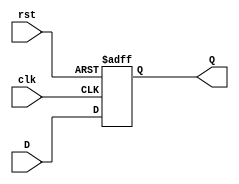
module stage_register (
    input wire clk,       // Clock input
    input wire rst,       // Asynchronous reset input
    input wire [N-1:0] D, // Data input (N bits wide)
    output reg [N-1:0] Q  // Data output (N bits wide)
);
    parameter N = 8; // Define the width of the register (default is 8 bits)

    // Always block triggered on the rising edge of the clock or the reset signal
    always @(posedge clk or posedge rst) begin
        if (rst) begin
            Q <= {N{1'b0}}; // Reset Q to 0
        end else begin
            Q <= D; // Capture input D on the rising edge of clk
        end
    end
endmodule